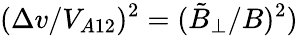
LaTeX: (\Delta v/V_{A12})^{2}=(\tilde{B}_{\perp}/B)^{2})